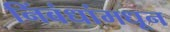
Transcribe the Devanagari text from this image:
निंबंधांमधून